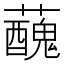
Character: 𧃝